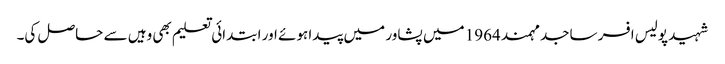
شہید پولیس افسر ساجد مہمند 1964 میں پشاور میں پیدا ہوئے اور ابتدائی تعلیم بھی وہیں سے حاصل کی۔